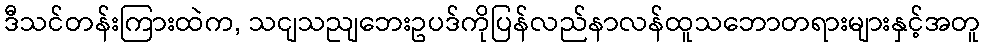
ဒီသင်တန်းကြားထဲက, သငျသညျဘေးဥပဒ်ကိုပြန်လည်နာလန်ထူသဘောတရားများနှင့်အတူ